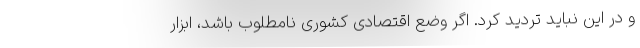
و در این نباید تردید کرد. اگر وضع اقتصادی‌ کشوری نامطلوب باشد، ابزار